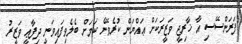
ފަރަންސޭސި އާ ޚާރިޖީ ވަޒީރަކަށް ޢައްޔަން ކުރެވޭނެ ކަމަށް ބެލެވިފައިވަނީ ދިފާޢީ ވަޒީރު